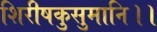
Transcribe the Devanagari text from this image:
शिरीषकुसुमानि।।